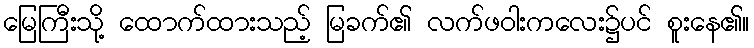
မြေကြီးသို့ ထောက်ထားသည့် မြခက်၏ လက်ဖဝါးကလေး၌ပင် စူးနေ၏။